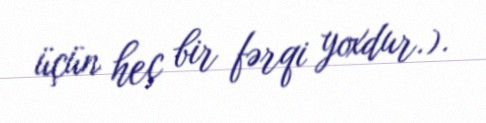
üçün heç bir fərqi yoxdur.).